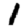
Digit: 1